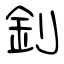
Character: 釗